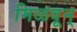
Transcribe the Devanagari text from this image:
मिळवून्